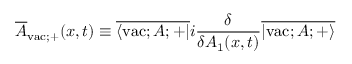
\overline { { { \cal A } } } _ { \mathrm { v a c } ; + } ( x , t ) \equiv \overline { { { \langle \mathrm { v a c } ; A ; + | } } } i \frac { \delta } { \delta A _ { 1 } ( x , t ) } \overline { { { | \mathrm { v a c } ; A ; + \rangle } } }